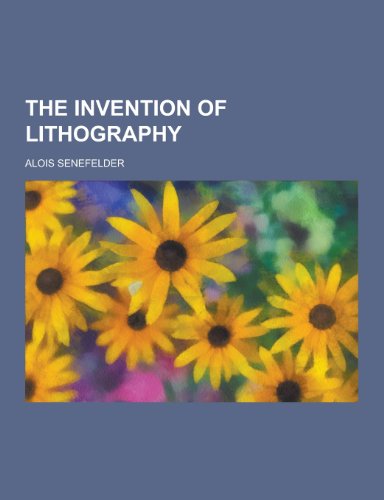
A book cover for The Invention of Lithography; Alois Senefelder; Arts & Photography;